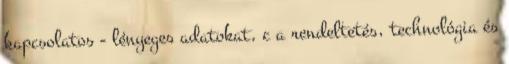
kapcsolatos - lényeges adatokat, c a rendeltetés, technológia és